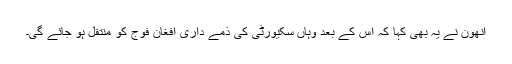
انھون نے یہ بھی کہا کہ اس کے بعد وہاں سکیورٹی کی ذمے داری افغان فوج کو منتقل ہو جائے گی۔